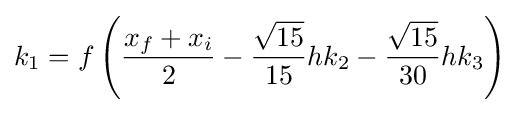
k_{1}=f\left({\frac {x_{f}+x_{i}}{2}}-{\frac {\sqrt {15}}{15}}hk_{2}-{\frac {\sqrt {15}}{30}}hk_{3}\right)